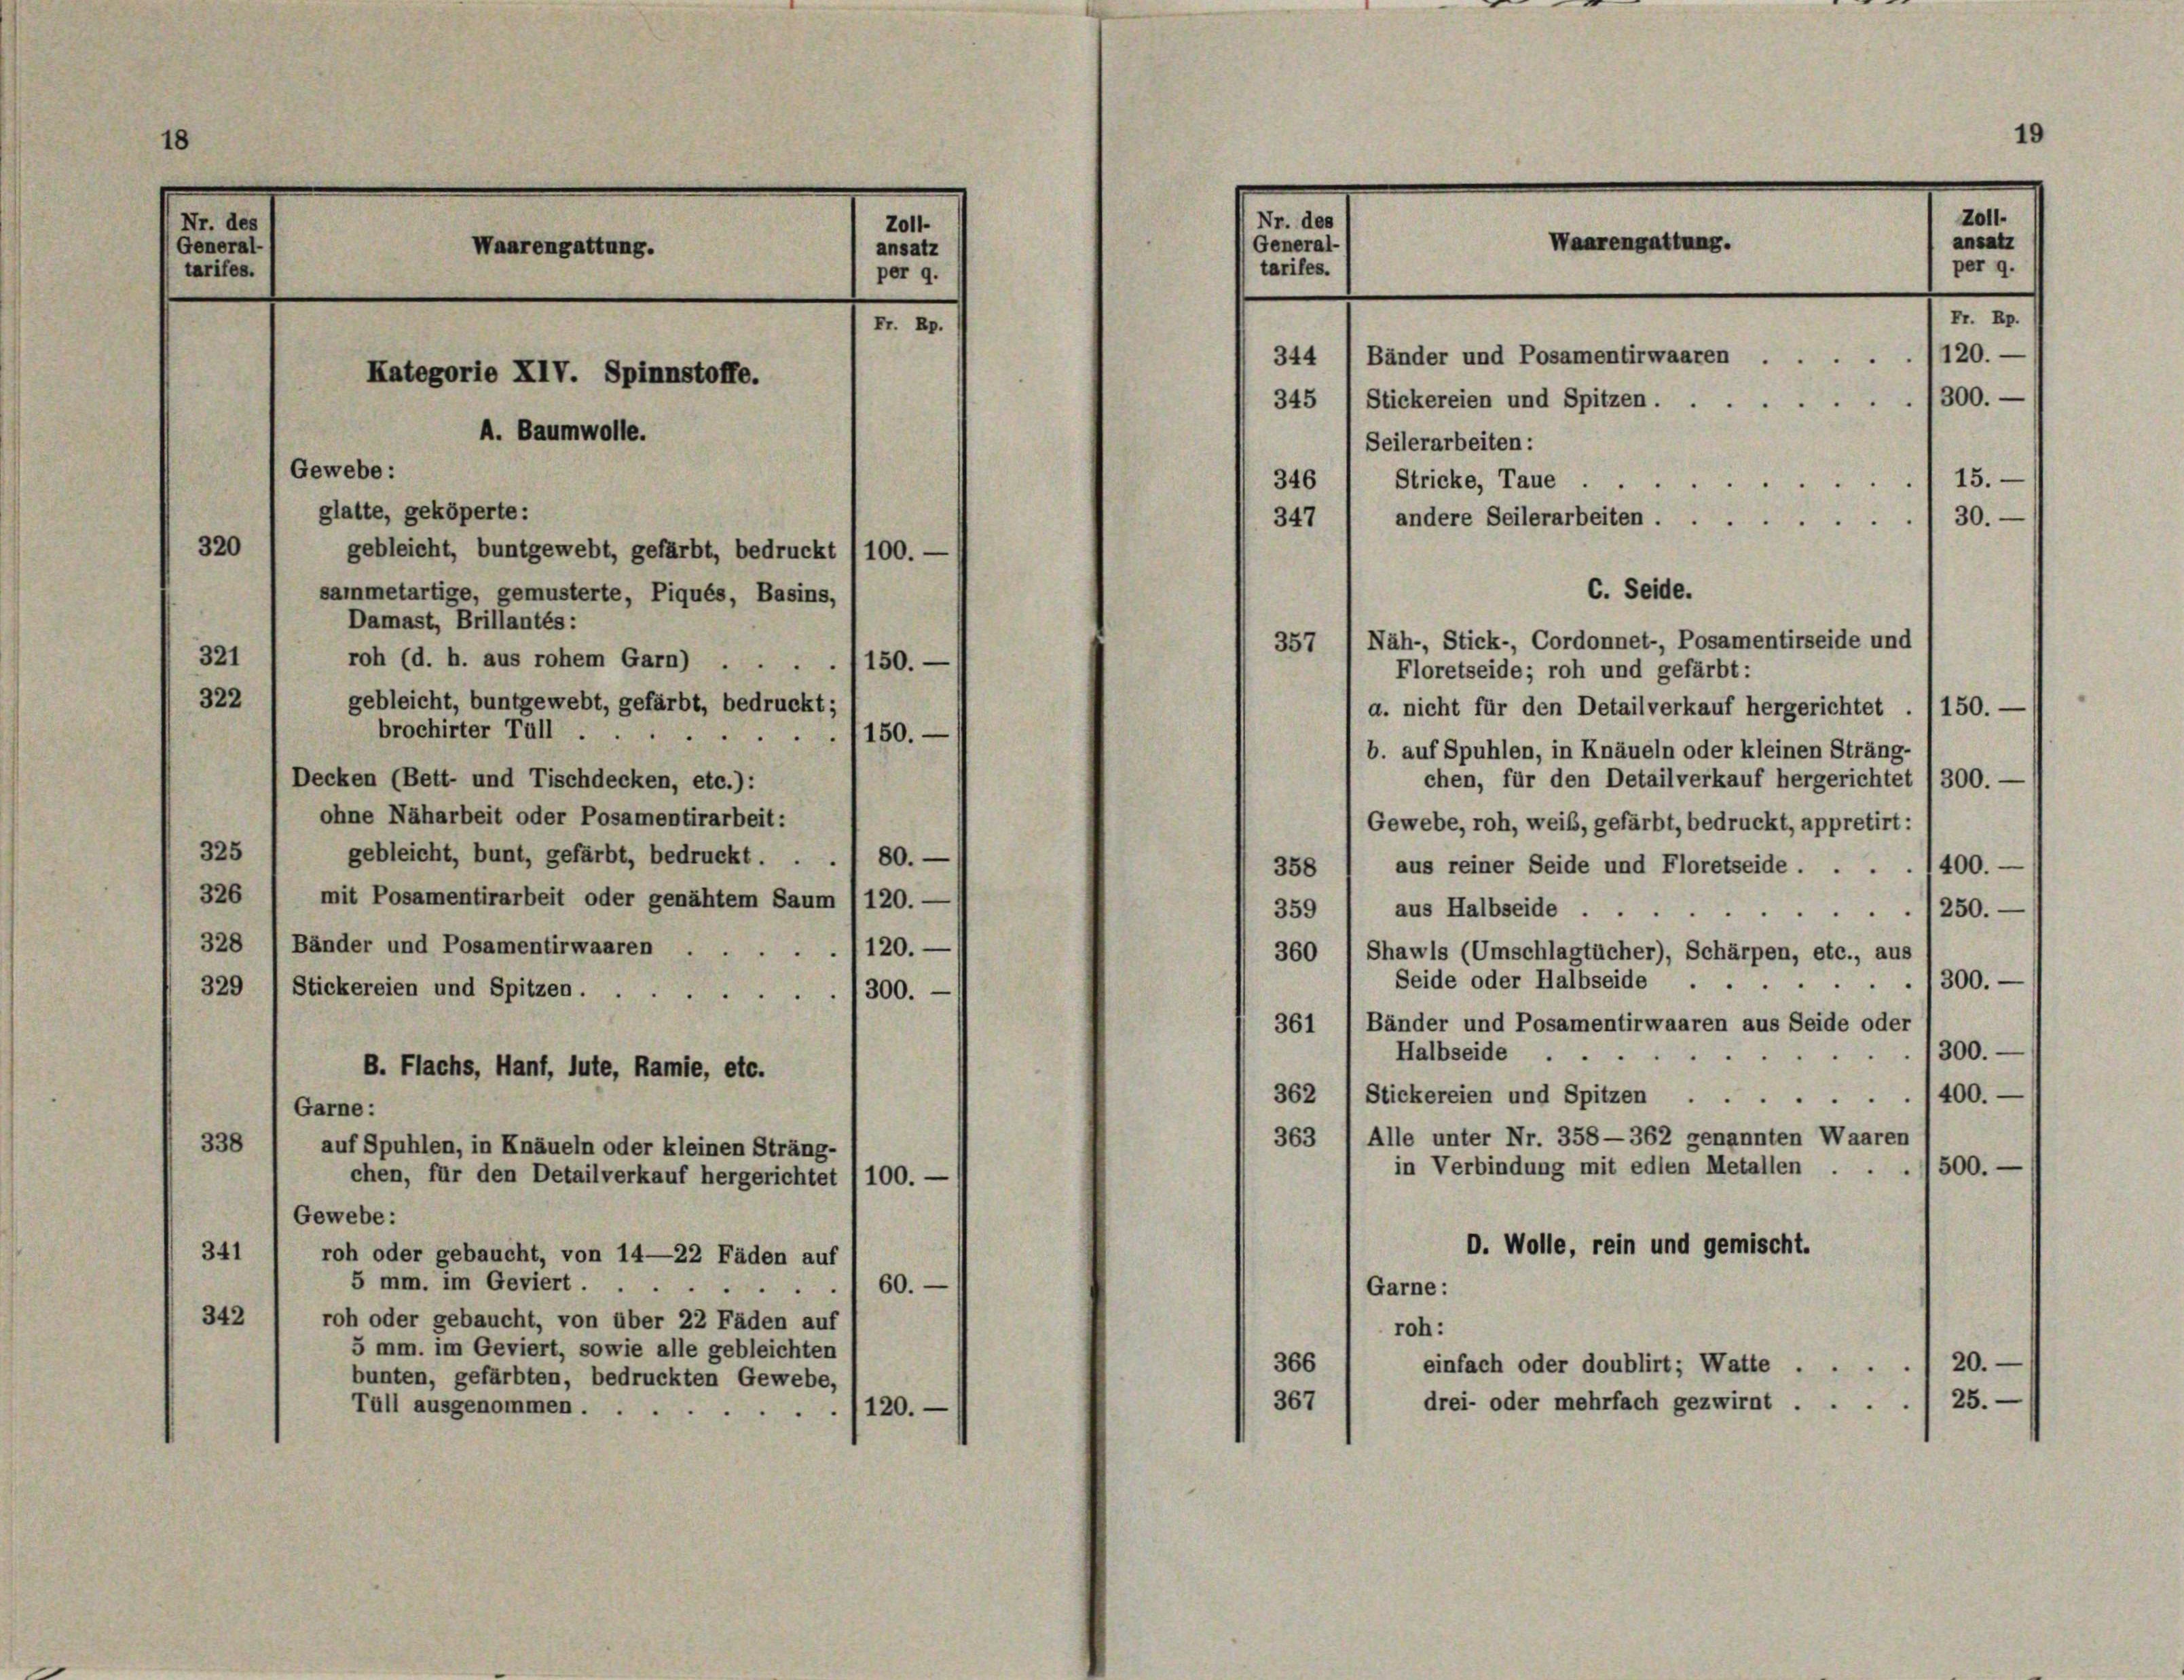
8

Nr. des
General-
tarifes.

Zoll-
Waarengattung.
ansatz
per 9.

Fr. Rp.
Kategorie XIV. Spinnstoffe.
A. Baumwolle.
Gewebe:
glatte, geköperte:
320
gebleicht, buntgewebt, gefärbt, bedruckt /100. —
sammetartige, gemusterte, Piqués, Basins,
Damast, Brillantés:
321
roh (d. h. aus rohem Garn).1150.-
322
gebleicht, buntgewebt, gefärbt, bedruckt;

Nr. des
General-S
tariles.

19
Waarengattung.
344 / Bänder und Posamentirwaaren 1120.
1300.
345 1 Stickereien und Spitzen.
Seilerarbeiten:
15.
346 ( Stricke, Taue.
30.
andere Seilerarbeiten ....
347
C. Seide.
Näh-, Stick-, Cordonnet-, Posamentirseide und
357

Zoll
ansatz
per 9.

Fr. Rp.

Floretseide; roh und gefärbt:
a. nicht für den Detailverkauf hergerichtet . 1150. —
brochirter Tull.
150.
b. auf Spuhlen, in Knäueln oder kleinen Sträng-
chen, für den Detailverkauf hergerichtet 1300.-
Decken (Bett- und Tischdecken, etc.):
ohne Näharbeit oder Posamentirarbeit:
Gewebe, roh, weiß, gefärbt, bedruckt, appretirt:
325
gebleicht, bunt, gefärbt, bedruckt . . . . 80.
358 1 aus reiner Seide und Floretseide . . . . 1400.-
326 / mit Posamentirarbeit oder genähtem Saum (120. —
359 1 aus Halbseide . .
1250.
328 7 Bänder und Posamentirwaaren
120.
Shawls (Umschlagtücher), Schärpen, etc., aus
360
Seide oder Halbseide
300.
329 1 Stickereien und Spitzen.
300.
Bänder und Posamentirwaaren aus Seide oder
361
Halbseide
1300.

B. Flachs, Hanf, lute, Ramie, etc.
362 1 Stickereien und Spitzen 400.
Garne:
363 1 Alle unter Nr. 358—362 genannten Waaren
338
auf Spuhlen, in Knäueln oder kleinen Strang-
in Verbindung mit edlen Metallen . .
500.
chen, für den Detailverkauf hergerichtet 1100. —
Gewebe:
O. Wolle, rein und gemischt.
341
roh oder gebaucht, von 14—22 Fäden auf
5 mm. im Geviert ..
60.
Garne:
342
roh oder gebaucht, von über 22 Fäden auf
roh:
5 mm. im Geviert, sowie alle gebleichten
20.
366
einfach oder doublirt; Watte .
bunten, gefärbten, bedruckten Gewebe,
367
drei- oder mehrfach gezwirnt . . . . 25.
Tüll ausgenommen.
120.